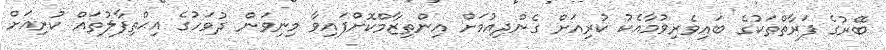
ބޭރުގެ ފަރާތްތަކުގެ ބައިވެރިވުމާއެކު ކުރިއަށް ގެންދިއުމަށް އިންތިޒާމްކޮށްފައިވާ މިނިވަން ދުވަހުގެ އިޙްތިފާލުތައް ކުރިއަށް